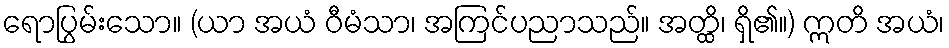
ရောပြွမ်းသော။ (ယာ အယံ ဝီမံသာ၊ အကြင်ပညာသည်။ အတ္ထိ၊ ရှိ၏။) ဣတိ အယံ၊